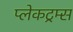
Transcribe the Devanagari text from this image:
प्लेकट्रम्स